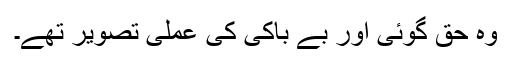
وہ حق گوئی اور بے باکی کی عملی تصویر تھے۔